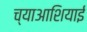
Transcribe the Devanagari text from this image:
च्याआशियाई